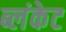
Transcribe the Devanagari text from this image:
ब्लंकेट